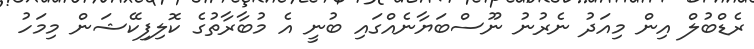
ރެޑްބުލް އިން މިއަދު ނެރުނު ނޫސްބަޔާނެއްގައި ބުނީ އެ މުބާރާތުގެ ކޮލިފިކޭޝަން މިމަހު